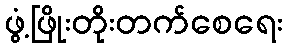
ဖွံ့ဖြိုးတိုးတက်စေရေး